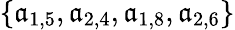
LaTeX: \{ \mathfrak{a}_{1,5},\mathfrak{a}_{2,4},\mathfrak{a}_{1,8},\mathfrak{a}_{2,6}\}